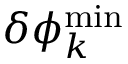
\delta \phi _ { k } ^ { \operatorname* { m i n } }